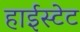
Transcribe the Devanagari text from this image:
हाईस्टेट